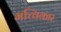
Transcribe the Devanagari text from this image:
मच्विकार